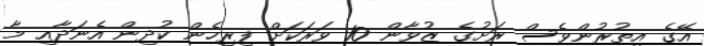
އޭގެ އިތުރުންވެސް ރަށުގެ ޒުވާން 10 ވަރަކަށް ފިރިހެން ކުދިން އެނަދާއި މާ